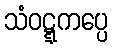
သံဝဋ္ဋကပ္ပေ